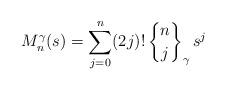
LaTeX: \begin{align*}M_n^\gamma (s) = \sum_{j=0}^n (2j)!\, {n\brace j}_\gamma \, s^j\end{align*}